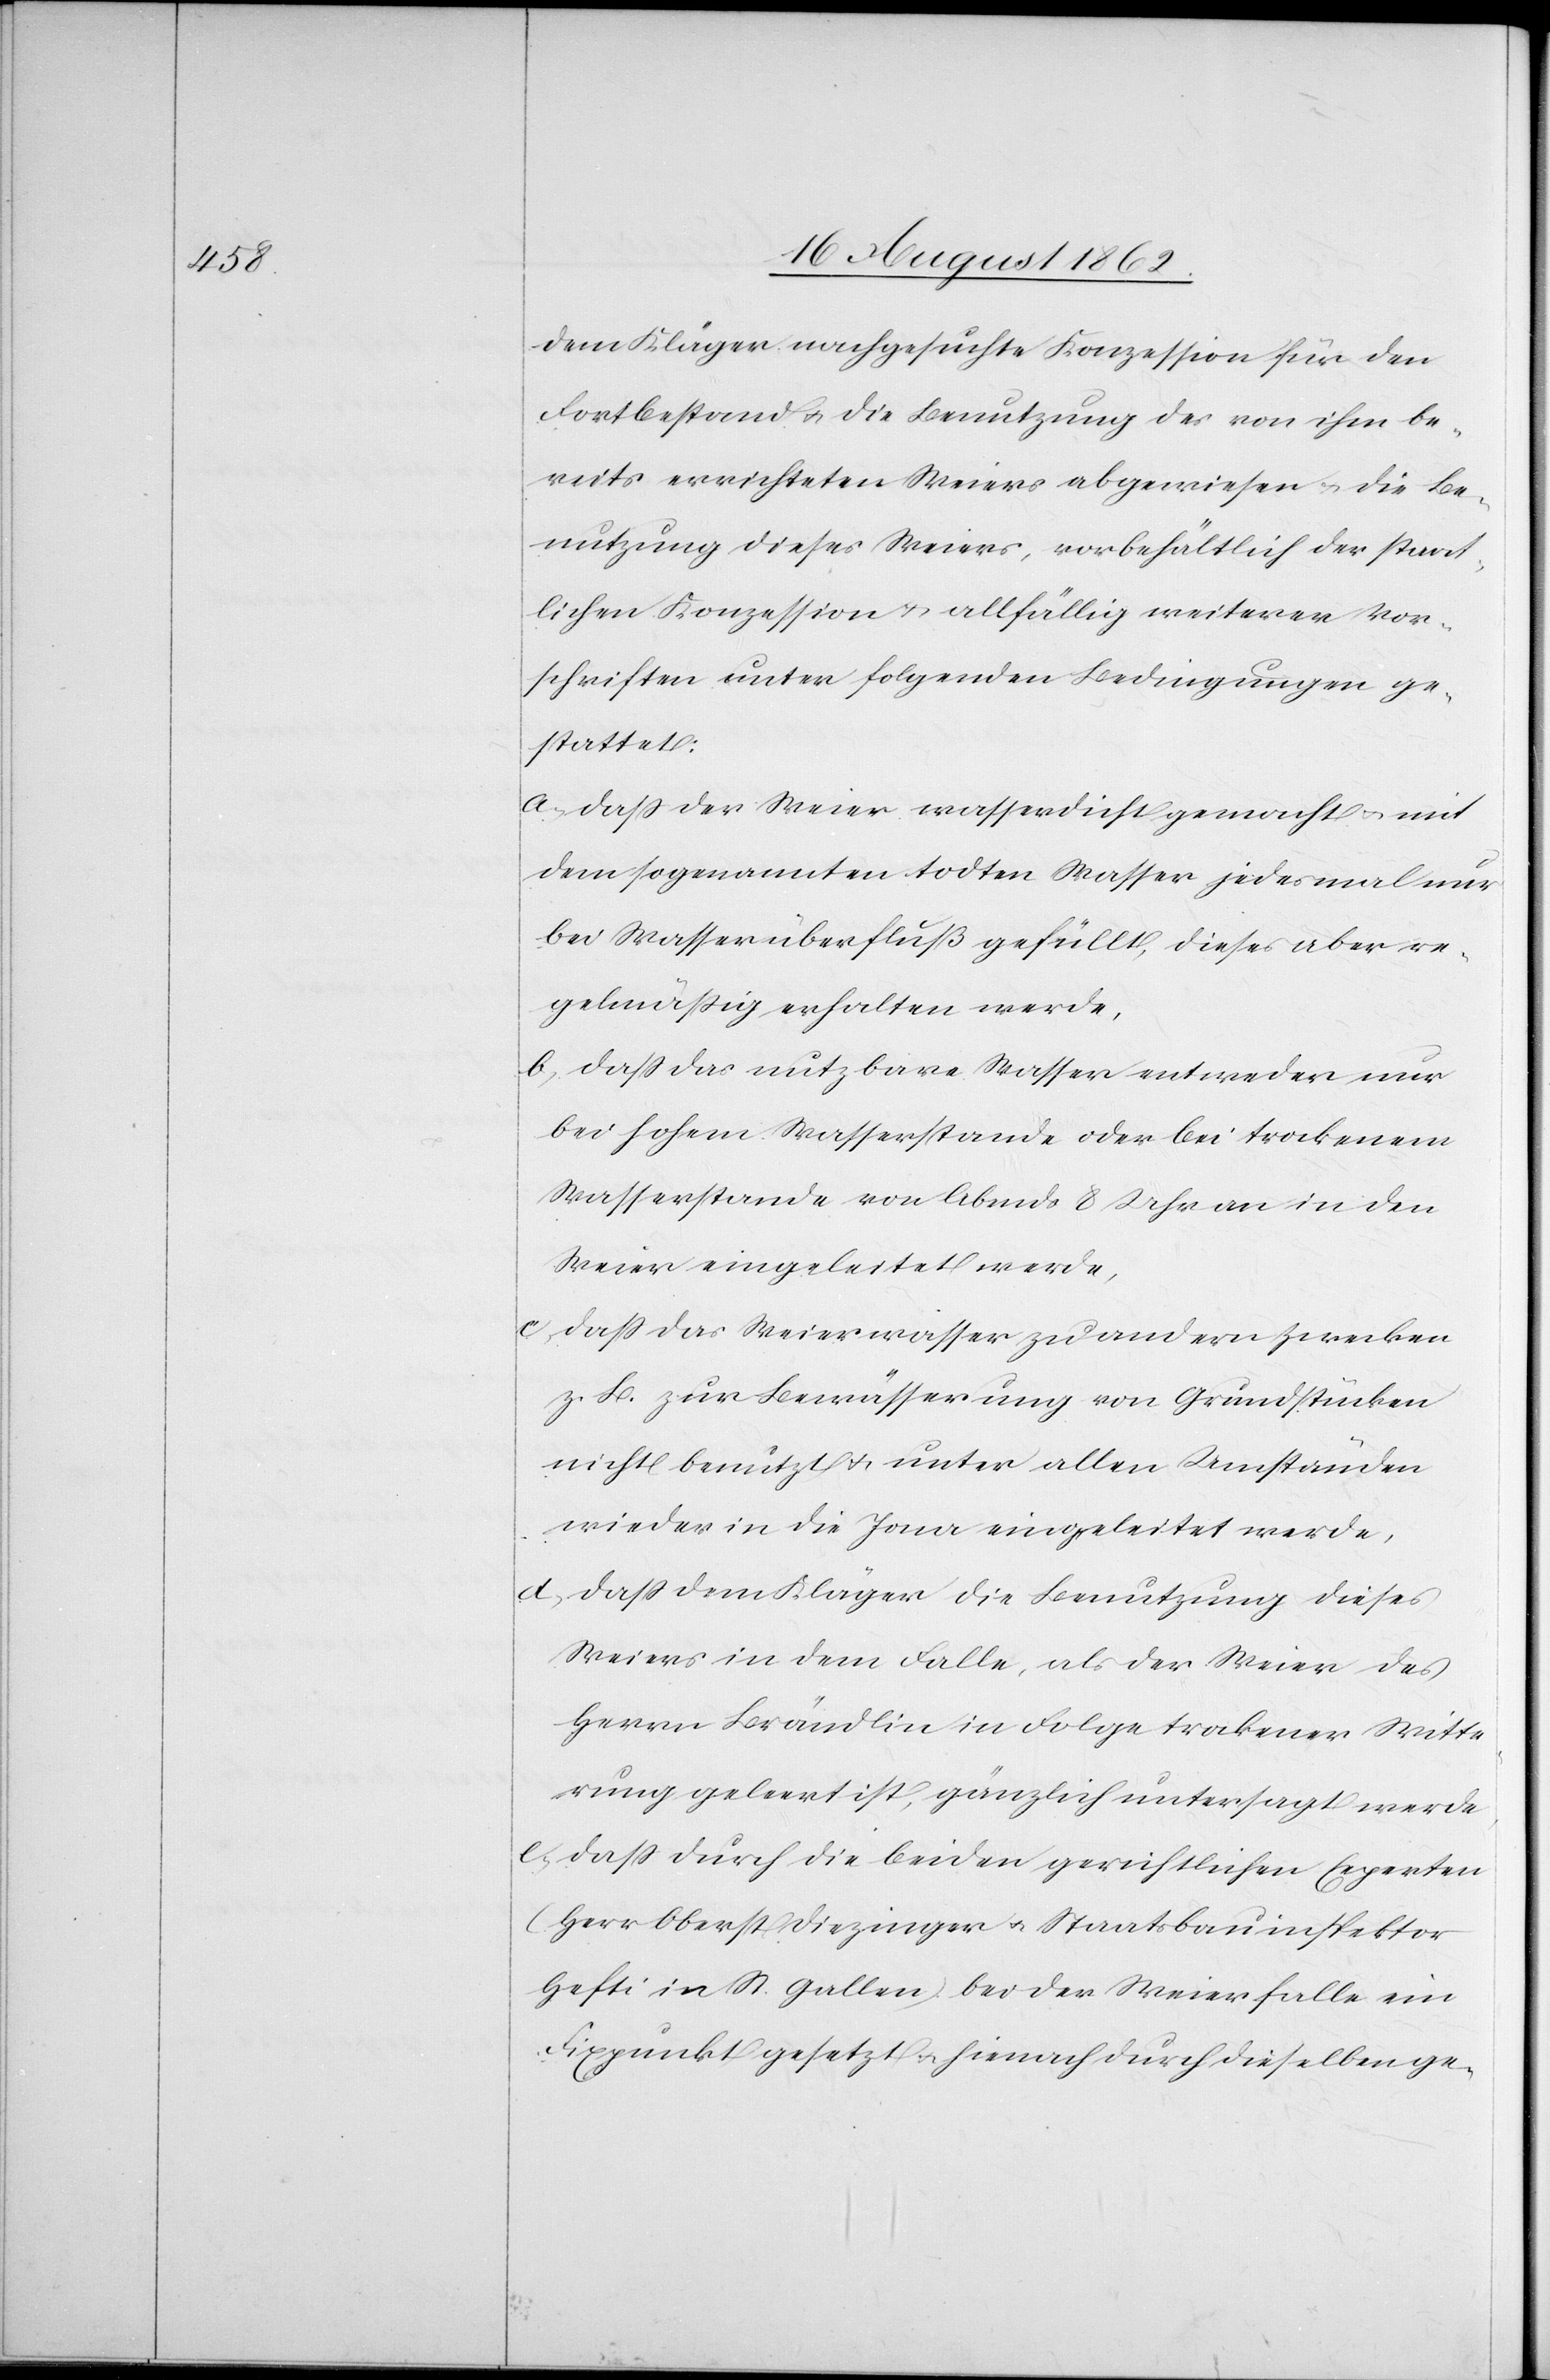
dem Kläger nachgesuchte Konzession für den
Fortbestand u. die Benutzung des von ihm be¬
reits errichteten Weiers abgewiesen u. die Be¬
nutzung dieses Weiers, vorbehältlich der staat¬
lichen Konzession u. allfällig weiterer Vor¬
schriften unter folgenden Bedingungen ge¬
stattet:
a. daß der Weier wasserdicht gemacht u. mit
dem sogenannten todten Wasser jedesmal nur
bei Wasserüberfluß gefüllt, dieses aber re¬
gelmäßig erhalten werde,
b. daß das nutzbare Wasser entweder nur
bei hohem Wasserstande oder bei trockenem
Wasserstande von Abends 8 Uhr an in den
Weier eingeleitet werde,
c. daß das Weierwasser zu andern Zwecken
z. B. zur Bewässerung von Grundstücken
nicht benutzt u. unter allen Umständen
wieder in die Jona eingeleitet werde,
d. daß dem Kläger die Benutzung dieses
Weiers in dem Falle, als der Weier des
Herrn Brändlin in Folge trockener Witte¬
rung geleert ist, gänzlich untersagt werde,
e. daß durch die beiden gerichtlichten Experten
(Herr Oberst Diezinger u. Staatsbauinspektor
Hefti in St. Gallen) bei der Weierfalle ein
Fixpunkt gesetzt u. hienach durch dieselben ge-